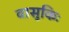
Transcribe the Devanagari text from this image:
वासुकिः